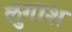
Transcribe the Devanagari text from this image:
लुगाश